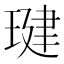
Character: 𤧣